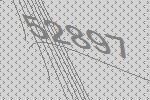
52897